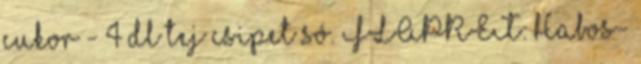
cukor - 4 dl tej csipet só. FLAPRET: Habos-